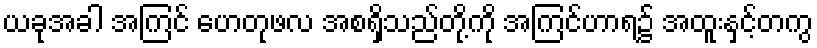
ယခုအခါ အကြင် ဟေတုဖလ အစရှိသည်တို့ကို အကြင်ဟာရ၌ အထူးနှင့်တကွ